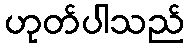
ဟုတ်ပါသည်